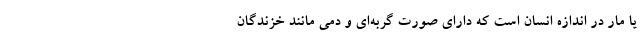
یا مار در اندازه انسان است که دارای صورت گربه‌ای و دمی مانند خزندگان